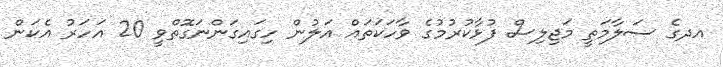
އދގެ ސަލާމަތީ މަޖިލިސް ފުޅާކުރުމުގެ ވާހަކަތައް އަލުން ހިގައިގަންނަގޮތްވީ 20 އަހަރު އެކަން